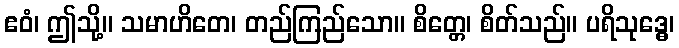
ဧဝံ၊ ဤသို့။ သမာဟိတေ၊ တည်ကြည်သော။ စိတ္တေ၊ စိတ်သည်။ ပရိသုဒ္ဓေ၊